Scientific memoirs by medical officers of the Army of India - Part III,
Year: 1887
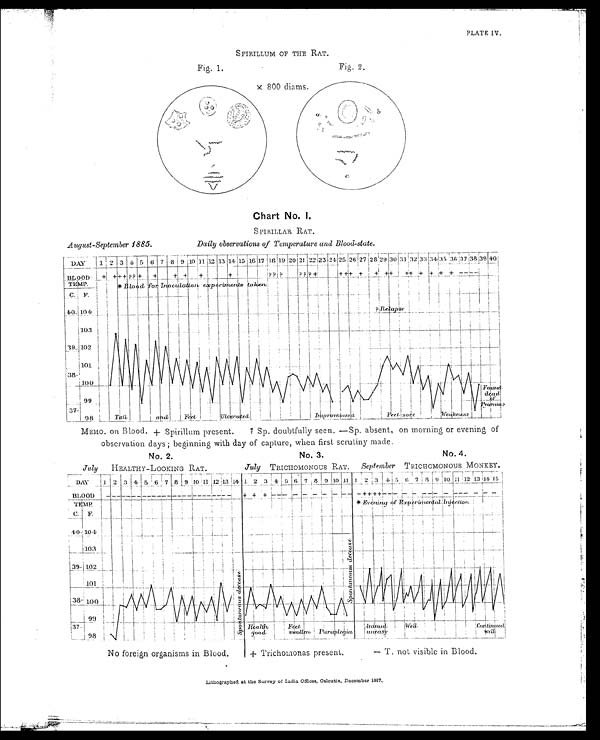
PLATE IV.
SPIRILLUM OF THE RAT.
Chart No. I.
SPIRILLAR RAT.
August-September 1885. Daily observations of Temperature and Blood-state.
MEMO. on Blood. + Spirillum present. ? Sp. doubtfully seen.—Sp. absent, on morning or evening of
observation days; beginning with day of capture, when first scrutiny made.
No. 2.
No. 3.
No. 4.
July
HEALTHY-LOOKING RAT.
July TRICHOMONOUS RAT.
September TRICHOMONOUS MONKEY.
No foreign organisms in Blood.
+ Trichomonas present, — T. not visible in Blood.
Lithographed at the Survey of India Offices, Calcutta, December 1887.